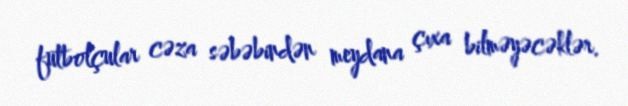
futbolçular cəza səbəbindən meydana çıxa bilməyəcəklər.